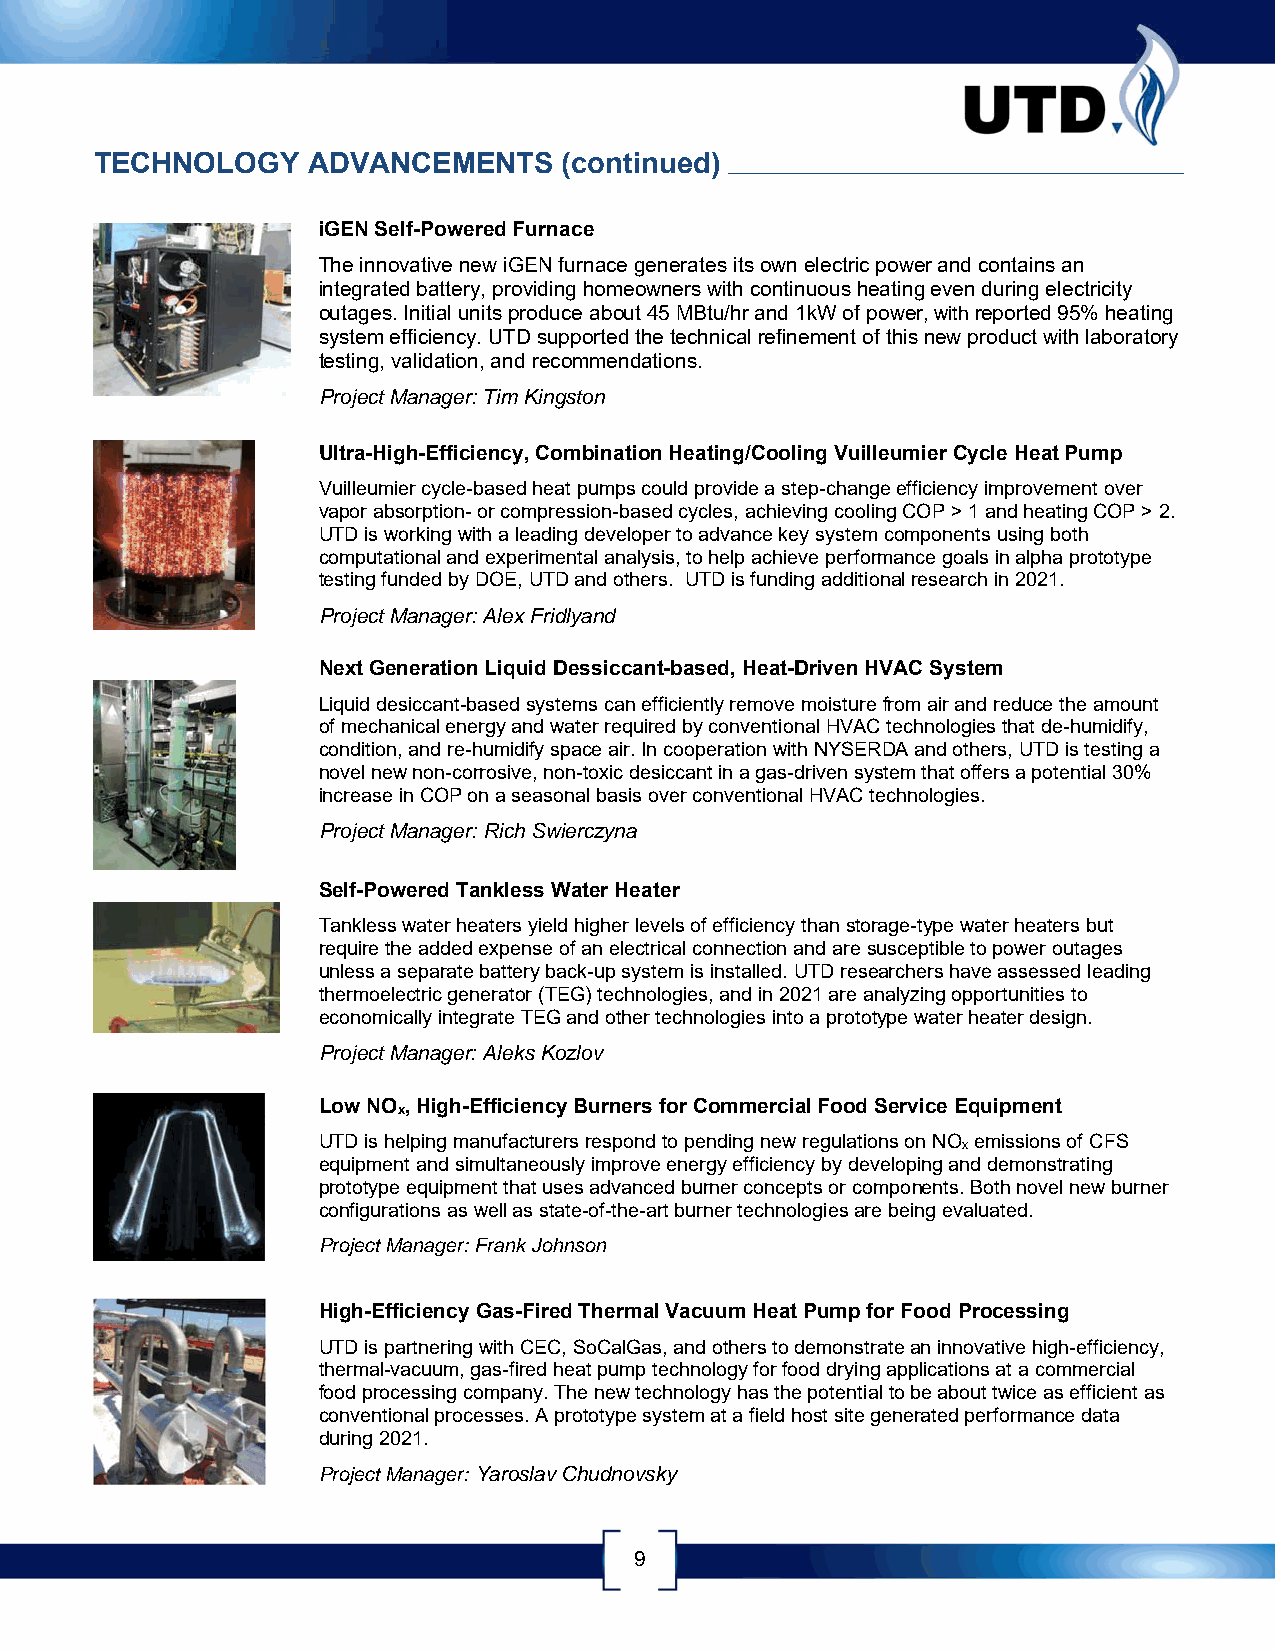
TECHNOLOGY    ADVANCEMENTS     (continued)
 iGEN Self-Powered Furnace
 The innovative new iGEN furnace generates its own electric power and contains an
 integrated battery, providing homeowners with continuous heating even during electricity
 outages. Initial units produce about 45 MBtu/hr and 1kW of power, with reported 95% heating
 system efficiency. UTD supported the technical refinement of this new product with laboratory
 testing, validation, and recommendations.
 Project Manager: Tim Kingston
 Ultra-High-Efficiency, Combination Heating/Cooling Vuilleumier Cycle Heat Pump
 Vuilleumier cycle-based heat pumps could provide a step-change efficiency improvement over
 vapor absorption- or compression-based cycles, achieving cooling COP > 1 and heating COP > 2.
 UTD is working with a leading developer to advance key system components using both
 computational and experimental analysis, to help achieve performance goals in alpha prototype
 testing funded by DOE, UTD and others. UTD is funding additional research in 2021.
 Project Manager: Alex Fridlyand
 Next Generation Liquid Dessiccant-based, Heat-Driven HVAC System
 Liquid desiccant-based systems can efficiently remove moisture from air and reduce the amount
 of mechanical energy and water required by conventional HVAC technologies that de-humidify,
 condition, and re-humidify space air. In cooperation with NYSERDA and others, UTD is testing a
 novel new non-corrosive, non-toxic desiccant in a gas-driven system that offers a potential 30%
 increase in COP on a seasonal basis over conventional HVAC technologies.
 Project Manager: Rich Swierczyna
 Self-Powered Tankless Water Heater
 Tankless water heaters yield higher levels of efficiency than storage-type water heaters but
 require the added expense of an electrical connection and are susceptible to power outages
 unless a separate battery back-up system is installed. UTD researchers have assessed leading
 thermoelectric generator (TEG) technologies, and in 2021 are analyzing opportunities to
 economically integrate TEG and other technologies into a prototype water heater design.
 Project Manager: Aleks Kozlov
 Low NO , High-Efficiency Burners for Commercial Food Service Equipment
 x
 UTD is helping manufacturers respond to pending new regulations on NO emissions of CFS
 x
 equipment and simultaneously improve energy efficiency by developing and demonstrating
 prototype equipment that uses advanced burner concepts or components. Both novel new burner
 configurations as well as state-of-the-art burner technologies are being evaluated.
 Project Manager: Frank Johnson
 High-Efficiency Gas-Fired Thermal Vacuum Heat Pump for Food Processing
 UTD is partnering with CEC, SoCalGas, and others to demonstrate an innovative high-efficiency,
 thermal-vacuum, gas-fired heat pump technology for food drying applications at a commercial
 food processing company. The new technology has the potential to be about twice as efficient as
 conventional processes. A prototype system at a field host site generated performance data
 during 2021.
 Project Manager: Yaroslav Chudnovsky
 9